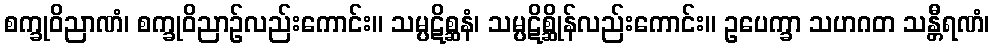
စက္ခုဝိညာဏံ၊ စက္ခုဝိညာဉ်လည်းကောင်း။ သမ္ပဋိစ္ဆနံ၊ သမ္ပဋိစ္ဆိုန်လည်းကောင်း။ ဥပေက္ခာ သဟဂတ သန္တီရဏံ၊